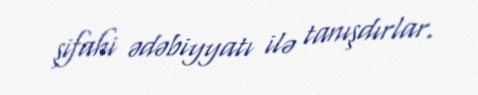
şifahi ədəbiyyatı ilə tanışdırlar.